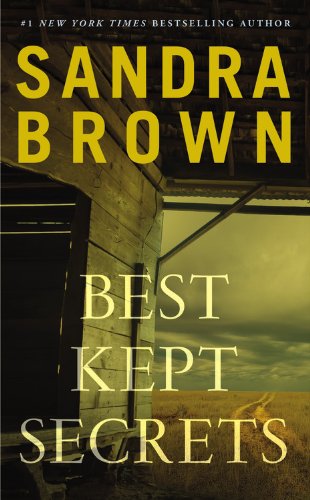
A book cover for Best Kept Secrets; Sandra Brown; Romance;